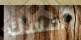
أمسك